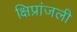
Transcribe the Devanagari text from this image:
क्षिप्रांजली